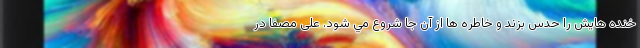
خنده هايش را حدس بزند و خاطره ها از آن جا شروع مي شود. علی مصفا در